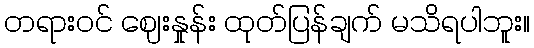
တရားဝင် ဈေးနှုန်း ထုတ်ပြန်ချက် မသိရပါဘူး။